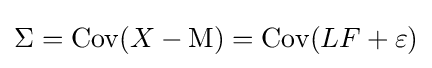
\Sigma =\mathrm {Cov} (X-\mathrm {M} )=\mathrm {Cov} (LF+\varepsilon )